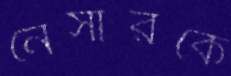
নেসারকে